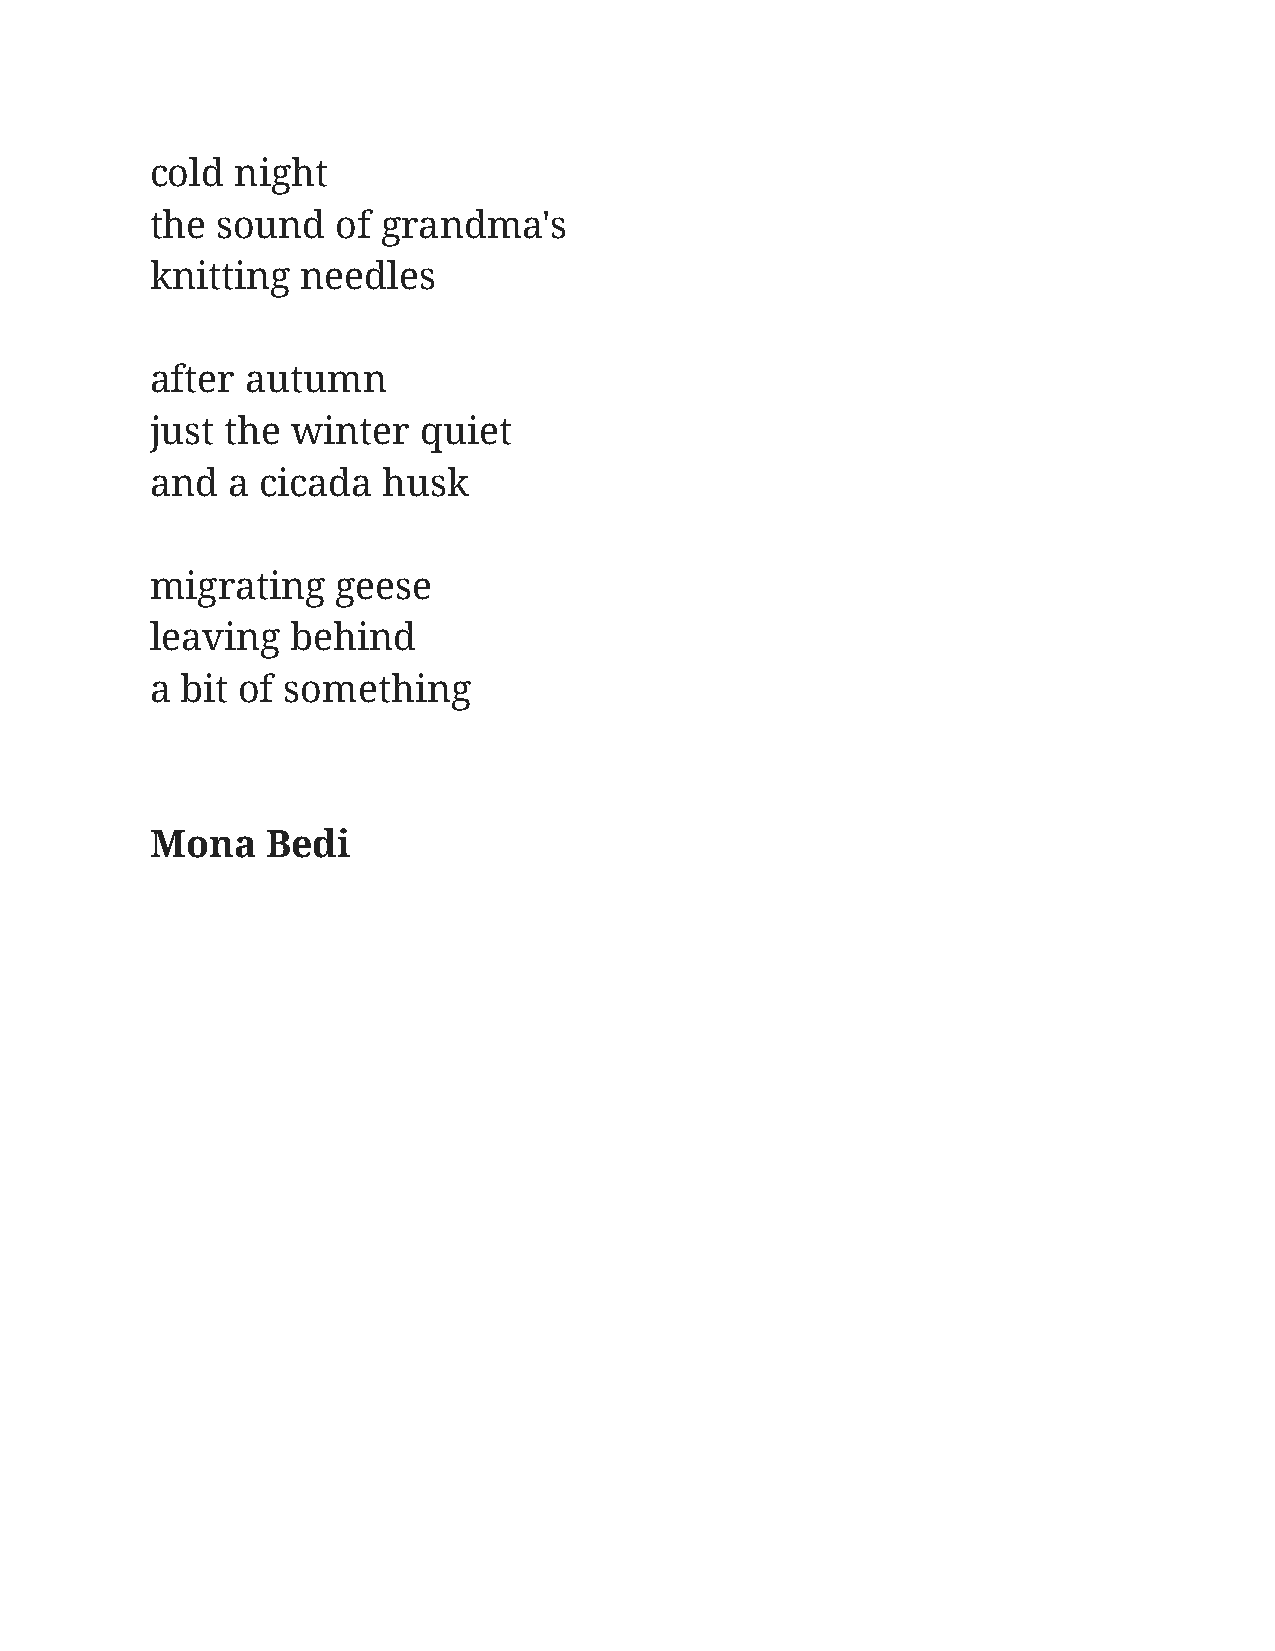
cold  night
 the sound   of grandma's
 knitting  needles
 after autumn
 just the winter   quiet
 and  a cicada  husk
 migrating   geese
 leaving  behind
 a bit of something
 Mona    Bedi